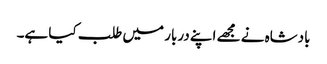
بادشاہ نے مجھے اپنے دربار میں طلب کیا ہے۔